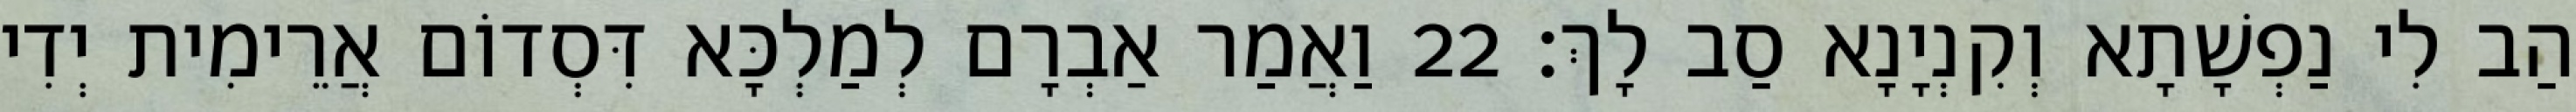
הַב לִי נַפְשָׁתָא וְקִנְיָנָא סַב לָךְ׃ 22 וַאֲמַר אַבְרָם לְמַלְכָּא דִּסְדוֹם אֲרֵימִית יְדִי